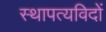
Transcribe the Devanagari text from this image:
स्थापत्यविदों